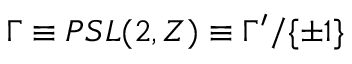
{ \Gamma } \equiv P S L ( 2 , Z ) \equiv \Gamma ^ { \prime } / { \{ \pm 1 \} }